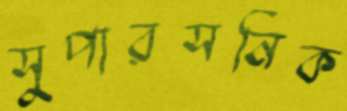
সুপারসনিক